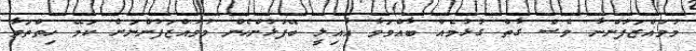
މުވައްޒަފުންނާ ވެސް ގާތް ގުޅުމެއް ބާއްވަވާ އާއިލީ ބޭފުޅުންހެން މުވައްޒަފުންނަށް ކަމޭ ހިތްތަވާ